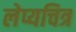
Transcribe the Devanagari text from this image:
लेप्यचित्र